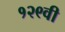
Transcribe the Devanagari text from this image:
१२९वी